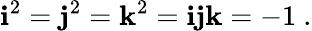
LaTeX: \mathbf{i}^{2}=\mathbf{j}^{2}=\mathbf{k}^{2}=\mathbf{ijk}=-1~.